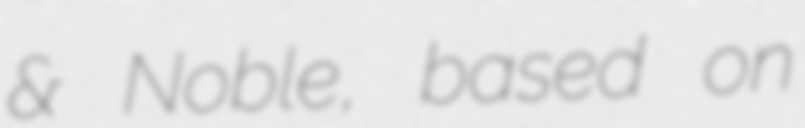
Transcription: & Noble, based on